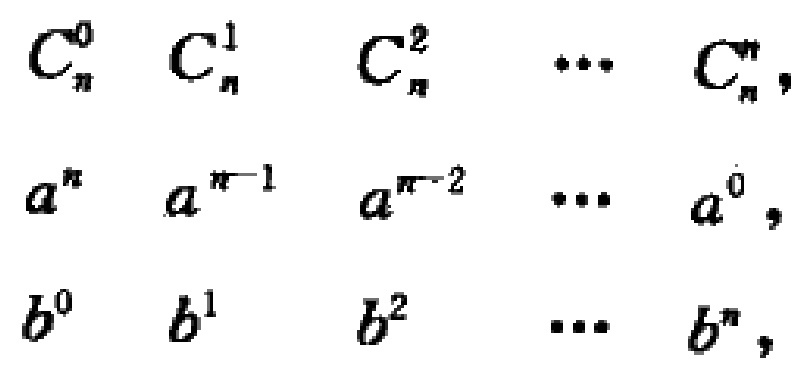
\[

\begin{align*}

C_{n}^{0},&C_{n}^{1},C_{n}^{2},\cdots,C_{n}^{n},\\

a^{n},&a^{n - 1},a^{n - 2},\cdots,a^{0},\\

b^{0},&b^{1},b^{2},\cdots,b^{n},

\end{align*}

\]